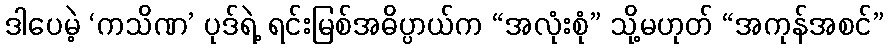
ဒါပေမဲ့ ‘ကသိဏ’ ပုဒ်ရဲ့ ရင်းမြစ်အဓိပ္ပာယ်က “အလုံးစုံ” သို့မဟုတ် “အကုန်အစင်”